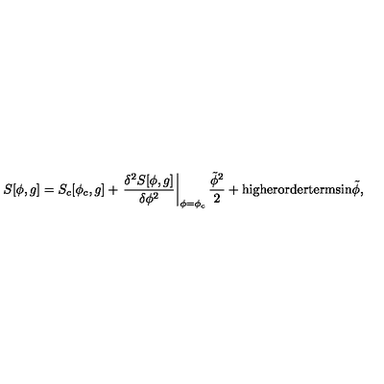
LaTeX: S [ \phi , g ] = S _ { c } [ \phi _ { c } , g ] + \left. \frac { \delta ^ { 2 } S [ \phi , g ] } { \delta \phi ^ { 2 } } \right| _ { \phi = \phi _ { c } } \frac { \tilde { \phi } ^ { 2 } } { 2 } + \mathrm { h i g h e r o r d e r t e r m s i n } \tilde { \phi } , \nonumber